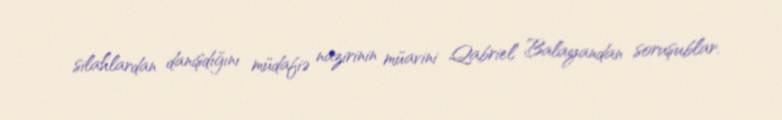
silahlardan danışdığını müdafiə nazirinin müavini Qabriel Balayandan soruşublar.